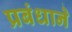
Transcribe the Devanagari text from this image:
प्रबंधाने